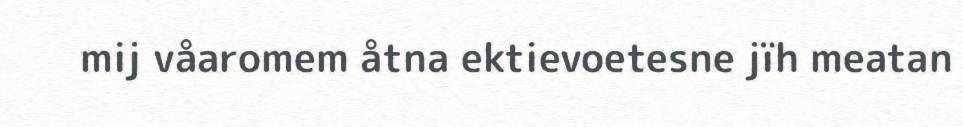
mij våaromem åtna ektievoetesne jïh meatan